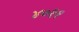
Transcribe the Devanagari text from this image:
४०११